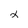
Character: 2